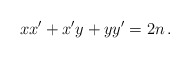
\begin{align*}xx'+x'y+yy'=2n\,.\end{align*}